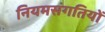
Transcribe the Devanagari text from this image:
नियमसंगतियों